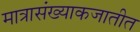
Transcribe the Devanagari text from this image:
मात्रासंख्याकजातीत